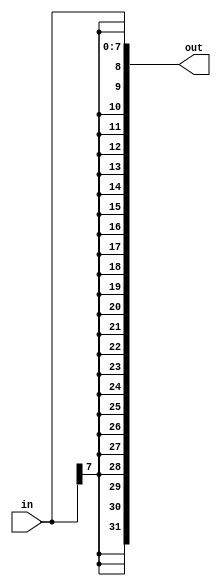
module top_module (
    input wire [7:0] in,
    output wire [31:0] out
);
    // Sign extension logic: replicate the sign bit (in[7]) 24 times and append the original 8-bit input
    assign out = {{24{in[7]}}, in};
endmodule